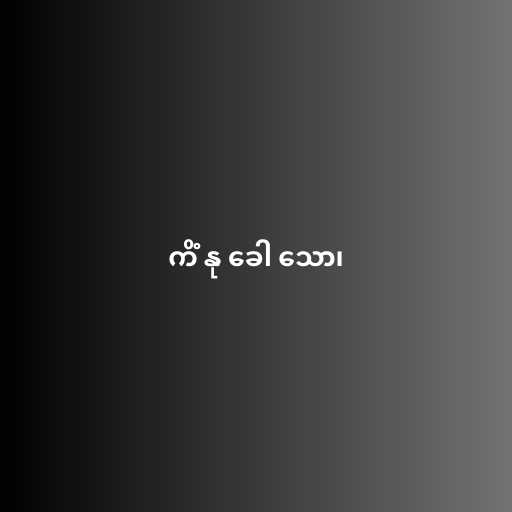
ကိံ နု ခေါ သော၊